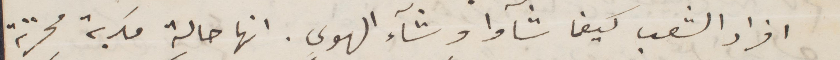
افراد الشعب كيفما شآوا وشأء الهوى. انها حالة مكربة محزنة